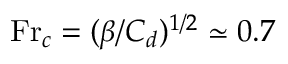
\mathrm { F r } _ { c } = ( \beta / C _ { d } ) ^ { 1 / 2 } \simeq 0 . 7